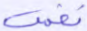
نفس